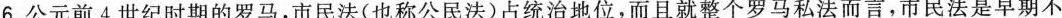
6.公元前4世纪时期的罗马，市民法(也称公民法)占统治地位，而且就整个罗马私法而言，市民法是早期不